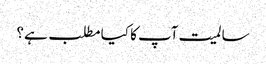
سالمیت آپ کا کیا مطلب ہے؟